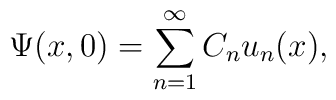
\Psi(x,0) = \sum_{n=1}^\infty  C_n u_n(x),